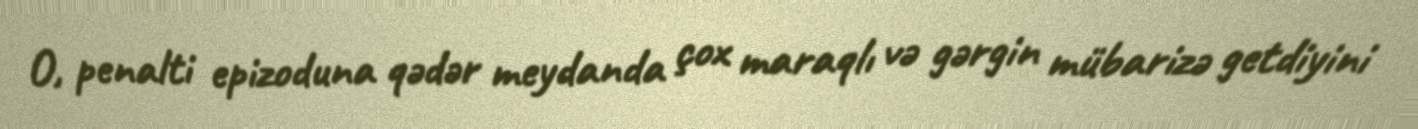
O, penalti epizoduna qədər meydanda çox maraqlı və gərgin mübarizə getdiyini